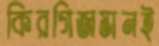
কিরগিজস্তানই